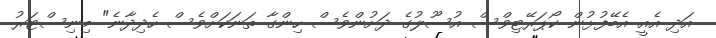
އަދި އެއީ އެބޭފުޅުން ކޯޕަރޭޓިވްސް އުސޫލުގެ ދަށުންވެސް ހިންގާ ތަނަކަށްވެސް ހެދިދާނެ" މިނިސްޓަރު